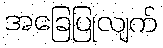
အခြေပြုလျက်